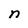
Character: n